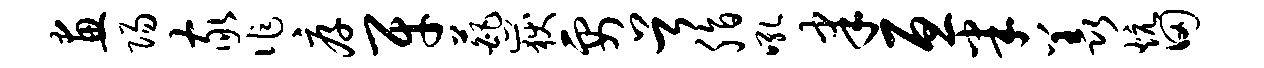
画阳家作厚牙葩岳要首脂吼聿亘半羡炕田